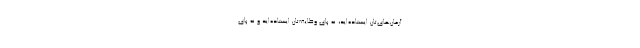
آرمان‌های‌تان ایستاده‌اید، نه پای وظایف‌تان ایستاده‌اید و نه پای